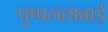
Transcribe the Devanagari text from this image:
पुष्पलताबाई